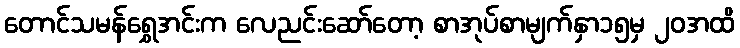
တောင်သမန်ရွှေအင်းက လေညင်းဆော်တော့ စာအုပ်စာမျက်နှာ၁၅မှ ၂၀အထိ